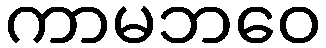
ကာမဘဝေ